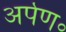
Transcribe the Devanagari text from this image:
अर्पण॰